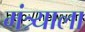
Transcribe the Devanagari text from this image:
मंत्र्याला